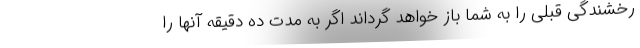
رخشندگی قبلی را به شما باز خواهد گرداند اگر به مدت ده دقیقه آنها را